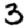
Digit: 3